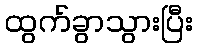
ထွက်ခွာသွားပြီး